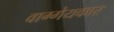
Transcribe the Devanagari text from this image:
वाग्गेयकार